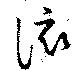
該